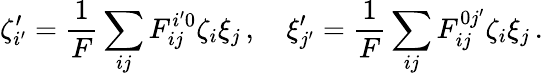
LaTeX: \zeta_{i^{\prime}}^{\prime}=\frac{1}{F}\sum_{ij}F_{ij}^{i^{\prime}0}\zeta_{i}\xi_{j}\, ,\quad\xi_{j^{\prime}}^{\prime}=\frac{1}{F}\sum_{ij}F_{ij}^{0j^{\prime}}\zeta_{i}\xi_{j}\, .